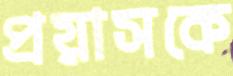
প্রয়াসকে